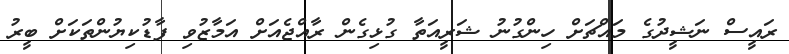
ރައީސް ނަޝީދުގެ މައްޗަށް ހިންގުނު ޝަރީއަތާ ގުޅިގެން ރާއްޖެއަށް އަމާޒުވި ފާޑުކިޔުންތަކަށް ބީރު